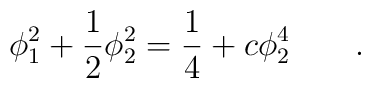
\phi_1^2 + \frac{1}{2} \phi_2^2 = \frac{1}{4}+ c \phi_2^4 \qquad .